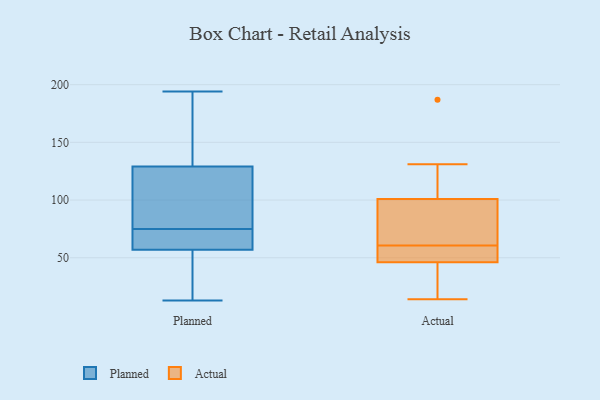
{"axis": {"x": "Budget (USD K)", "y": "Value"}, "legend": ["Actual", "Planned"], "data": [{"x": "", "y": 77, "type": "Planned"}, {"x": "", "y": 69, "type": "Planned"}, {"x": "", "y": 55, "type": "Planned"}, {"x": "", "y": 129, "type": "Planned"}, {"x": "", "y": 194, "type": "Planned"}, {"x": "", "y": 180, "type": "Planned"}, {"x": "", "y": 36, "type": "Planned"}, {"x": "", "y": 105, "type": "Planned"}, {"x": "", "y": 58, "type": "Planned"}, {"x": "", "y": 165, "type": "Planned"}, {"x": "", "y": 173, "type": "Planned"}, {"x": "", "y": 77, "type": "Planned"}, {"x": "", "y": 57, "type": "Planned"}, {"x": "", "y": 59, "type": "Planned"}, {"x": "", "y": 13, "type": "Planned"}, {"x": "", "y": 28, "type": "Planned"}, {"x": "", "y": 73, "type": "Planned"}, {"x": "", "y": 111, "type": "Planned"}, {"x": "", "y": 73, "type": "Actual"}, {"x": "", "y": 32, "type": "Actual"}, {"x": "", "y": 69, "type": "Actual"}, {"x": "", "y": 46, "type": "Actual"}, {"x": "", "y": 52, "type": "Actual"}, {"x": "", "y": 41, "type": "Actual"}, {"x": "", "y": 53, "type": "Actual"}, {"x": "", "y": 48, "type": "Actual"}, {"x": "", "y": 14, "type": "Actual"}, {"x": "", "y": 101, "type": "Actual"}, {"x": "", "y": 127, "type": "Actual"}, {"x": "", "y": 68, "type": "Actual"}, {"x": "", "y": 131, "type": "Actual"}, {"x": "", "y": 187, "type": "Actual"}]}